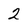
Character: 2